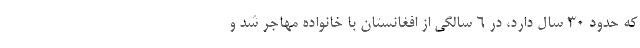
که حدود ۳۰ سال دارد، در ۶ سالگی از افغانستان با خانواده مهاجر شد و